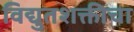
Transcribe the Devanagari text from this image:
विद्युतशक्तीचा